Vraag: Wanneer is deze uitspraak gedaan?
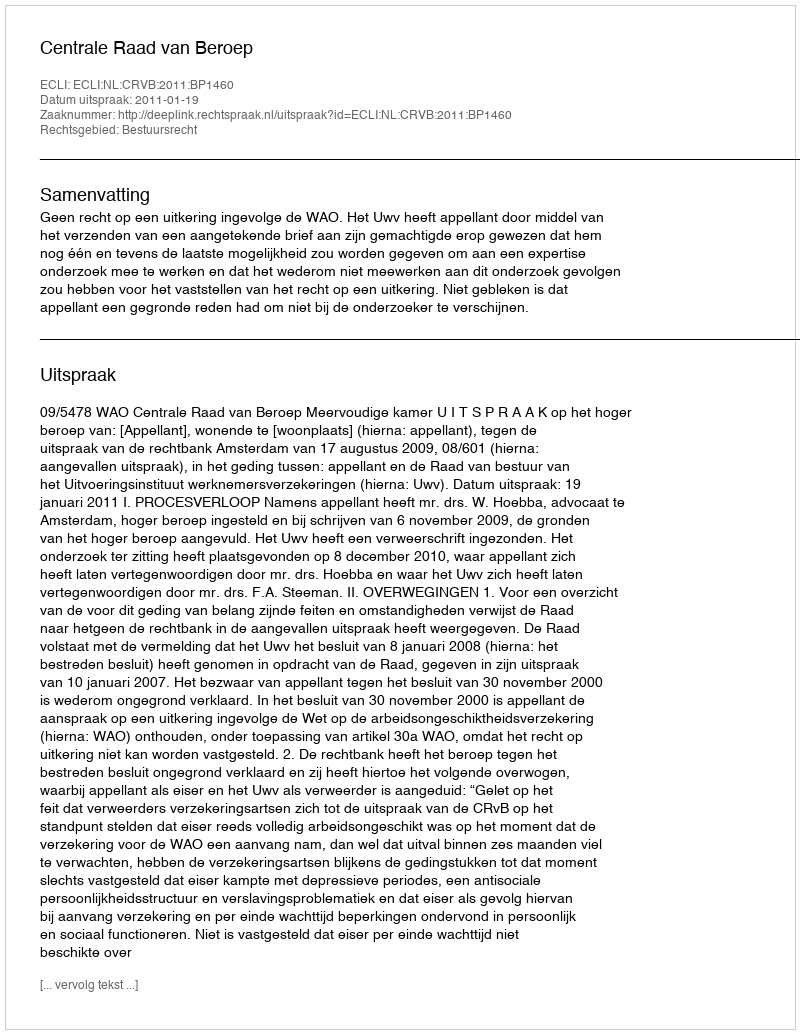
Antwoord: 2011-01-19